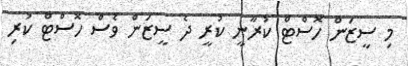
މި ސީޒަން ހޮސްޓް ކުރާނީ ކުރީ ދެ ސީޒަން ވެސް ހޮސްޓް ކުރި